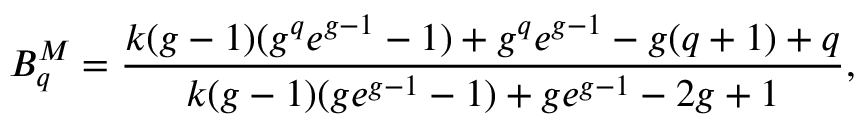
B _ { q } ^ { M } = \frac { k ( g - 1 ) ( g ^ { q } e ^ { g - 1 } - 1 ) + g ^ { q } e ^ { g - 1 } - g ( q + 1 ) + q } { k ( g - 1 ) ( g e ^ { g - 1 } - 1 ) + g e ^ { g - 1 } - 2 g + 1 } ,